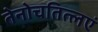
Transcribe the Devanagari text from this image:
तेनोचतित्लएं